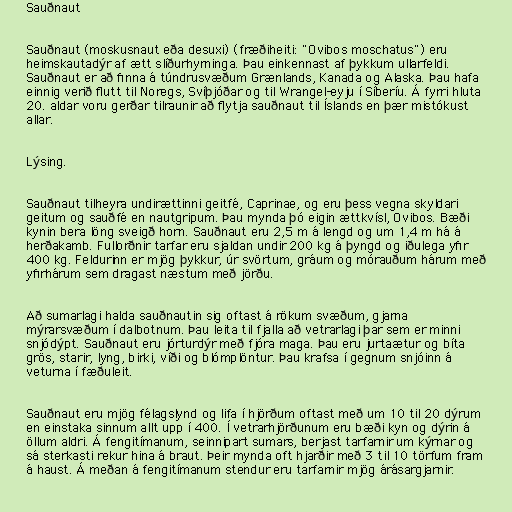
Sauðnaut

Sauðnaut (moskusnaut eða desuxi) (fræðiheiti: "Ovibos moschatus") eru
heimskautadýr af ætt slíðurhyrninga. Þau einkennast af þykkum ullarfeldi.
Sauðnaut er að finna á túndrusvæðum Grænlands, Kanada og Alaska. Þau hafa
einnig verið flutt til Noregs, Svíþjóðar og til Wrangel-eyju í Síberíu. Á fyrri hluta
20. aldar voru gerðar tilraunir að flytja sauðnaut til Íslands en þær mistókust
allar.

Lýsing.

Sauðnaut tilheyra undirættinni geitfé, Caprinae, og eru þess vegna skyldari
geitum og sauðfé en nautgripum. Þau mynda þó eigin ættkvísl, Ovibos. Bæði
kynin bera löng sveigð horn. Sauðnaut eru 2,5 m á lengd og um 1,4 m há á
herðakamb. Fullorðnir tarfar eru sjaldan undir 200 kg á þyngd og iðulega yfir
400 kg. Feldurinn er mjög þykkur, úr svörtum, gráum og mórauðum hárum með
yfirhárum sem dragast næstum með jörðu.

Að sumarlagi halda sauðnautin sig oftast á rökum svæðum, gjarna
mýrarsvæðum í dalbotnum. Þau leita til fjalla að vetrarlagi þar sem er minni
snjódýpt. Sauðnaut eru jórturdýr með fjóra maga. Þau eru jurtaætur og bíta
grös, starir, lyng, birki, víði og blómplöntur. Þau krafsa í gegnum snjóinn á
veturna í fæðuleit.

Sauðnaut eru mjög félagslynd og lifa í hjörðum oftast með um 10 til 20 dýrum
en einstaka sinnum allt upp í 400. Í vetrarhjörðunum eru bæði kyn og dýrin á
öllum aldri. Á fengitímanum, seinnipart sumars, berjast tarfarnir um kýrnar og
sá sterkasti rekur hina á braut. Þeir mynda oft hjarðir með 3 til 10 törfum fram
á haust. Á meðan á fengitímanum stendur eru tarfarnir mjög árásargjarnir.